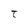
Character: t